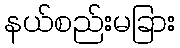
နယ်စည်းမခြား